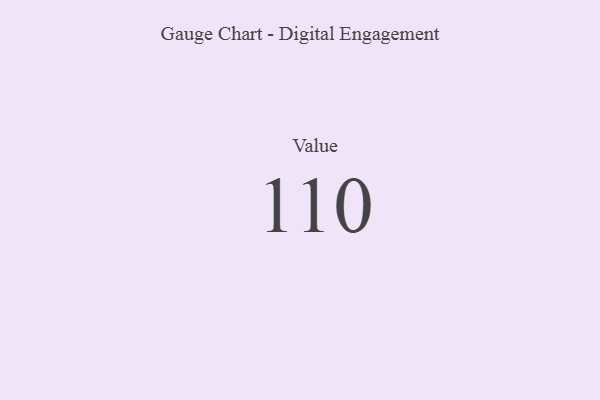
{"axis": {"x": "Metric", "y": "Value"}, "legend": [""], "data": [{"x": "Value", "y": 110, "type": ""}]}